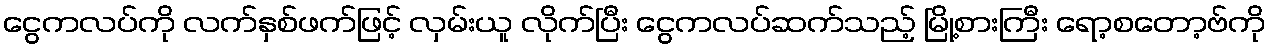
ငွေကလပ်ကို လက်နှစ်ဖက်ဖြင့် လှမ်းယူ လိုက်ပြီး ငွေကလပ်ဆက်သည့် မြို့စားကြီး ရော့စတော့ဗ်ကို